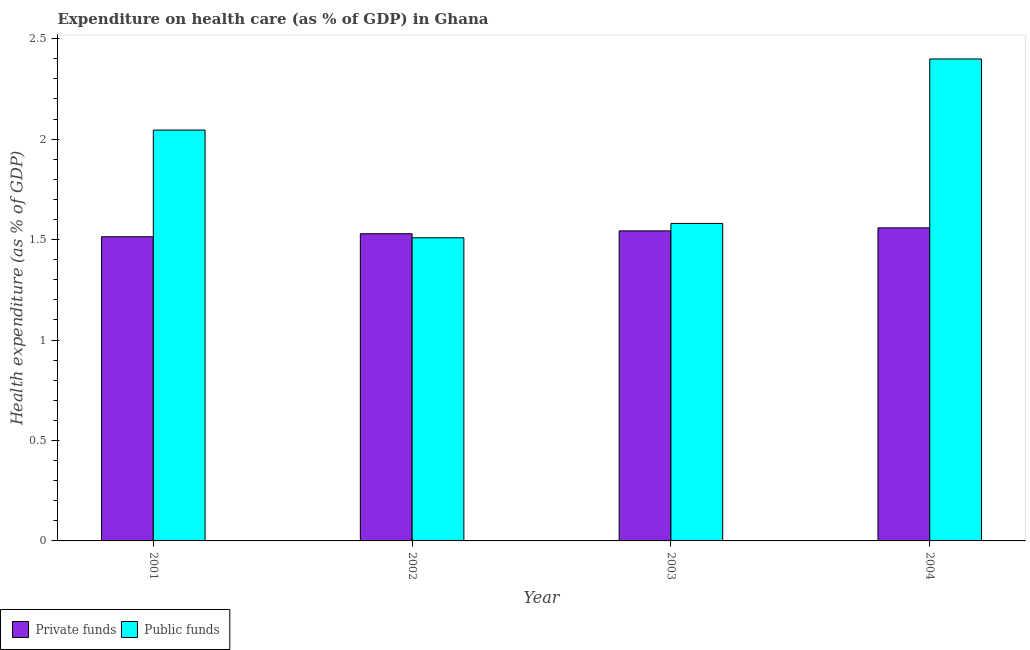
| Year | Private funds | Public funds |
 | --- | --- | --- |
 | 2001 | 1.51 | 2.05 |
 | 2002 | 1.53 | 1.51 |
 | 2003 | 1.54 | 1.58 |
 | 2004 | 1.56 | 2.4 |